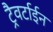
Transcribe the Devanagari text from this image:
ट्रैवर्टाईन